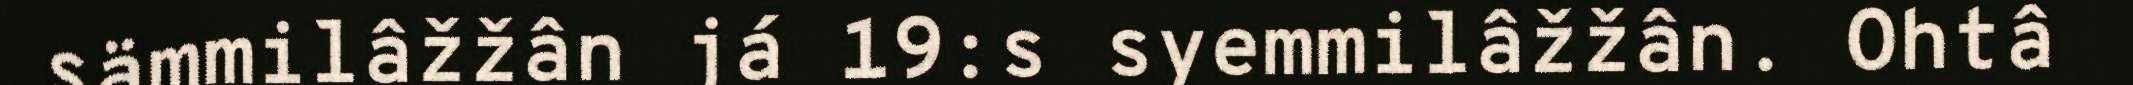
sämmilâžžân já 19:s syemmilâžžân. Ohtâ